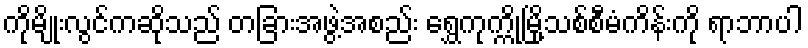
ကိုမျိုးလွင်ကဆိုသည် တခြားအဖွဲ့အစည်း ရွှေကုက္ကိုမြို့သစ်စီမံကိန်းကို ရာဘာပါ